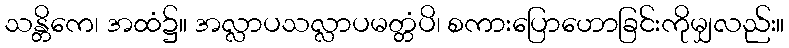
သန္တိကေ၊ အထံ၌။ အလ္လာပသလ္လာပမတ္တံပိ၊ စကားပြောဟောခြင်းကိုမျှလည်း။